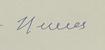
Signature authenticity: forged